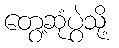
တွေ့ဆုံပွဲသို့